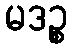
မဒဉ္စ